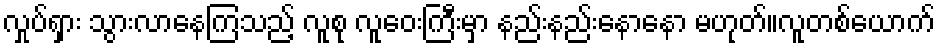
လှုပ်ရှား သွားလာနေကြသည့် လူစု လူဝေးကြီးမှာ နည်းနည်းနောနော မဟုတ်။လူတစ်ယောက်